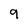
Character: 9